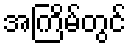
အကြိမ်တွင်